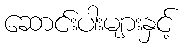
ဆောင်းပါးများနှင့်